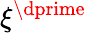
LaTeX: \xi^{\dprime}